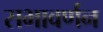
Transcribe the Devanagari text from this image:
सभावर्णन